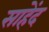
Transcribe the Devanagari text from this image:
साहेंद